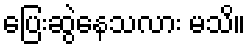
ပြေးဆွဲနေသလား မသိ။